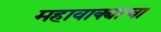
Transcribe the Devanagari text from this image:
महावाक्याचा